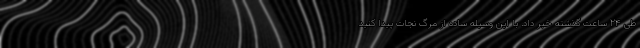
طی ۲۴ ساعت گذشته خبر داد. با این وسیله ساده از مرگ نجات پیدا کنید